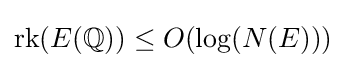
{\text{rk}}(E(\mathbb {Q} ))\leq O(\log(N(E)))